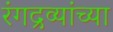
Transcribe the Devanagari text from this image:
रंगद्रव्यांच्या